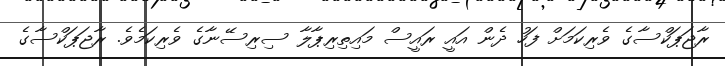
ރާޖަޕަކްސާގެ ވެރިކަމަށް ފަހު ދެން އައީ ރައީސް މައިތިރިޕާލާ ސިރިސޭނާގެ ވެރިކަމެވެ. ރާޖަޕަކްސާގެ